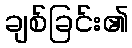
ချစ်ခြင်း၏